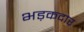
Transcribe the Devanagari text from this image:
भड़कदार